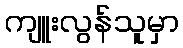
ကျူးလွန်သူမှာ